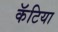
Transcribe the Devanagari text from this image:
कॅटिया